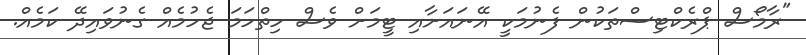
"ރާމޯސް ޕްރެކްޓިސްތަކުން ފެނުމަކީ އޭނައަށާއި ޓީމަށް ވެސް ހިތްހަމަ ޖެހުމެއް ގެނުވައިދޭ ކަމެއް.